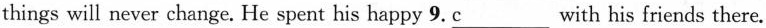
things will never change. He spent his happy 9. \underline{c} with his friends there.